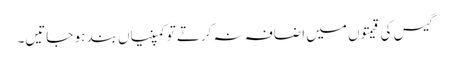
گیس کی قیمتوں میں اضافہ نہ کرتے تو کمپنیاں بند ہو جاتیں۔